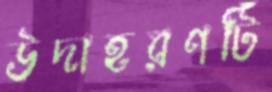
উদাহরণটি